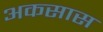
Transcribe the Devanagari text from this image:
अकसास